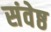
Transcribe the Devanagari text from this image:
संवेष्ठ